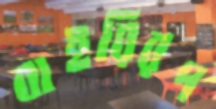
বাইরিরপ